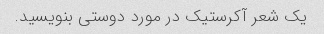
یک شعر آکرستیک در مورد دوستی بنویسید.